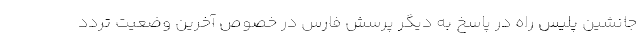
جانشین پلیس راه در پاسخ به دیگر پرسش فارس در خصوص آخرین وضعیت تردد